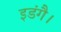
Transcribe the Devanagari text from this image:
इडंगै।